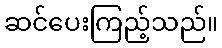
ဆင်ပေးကြည့်သည်။